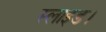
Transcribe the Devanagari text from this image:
स्लाइड।